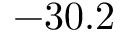
- 3 0 . 2